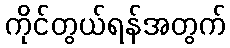
ကိုင်တွယ်ရန်အတွက်